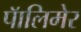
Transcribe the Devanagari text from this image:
पॅालिमेर